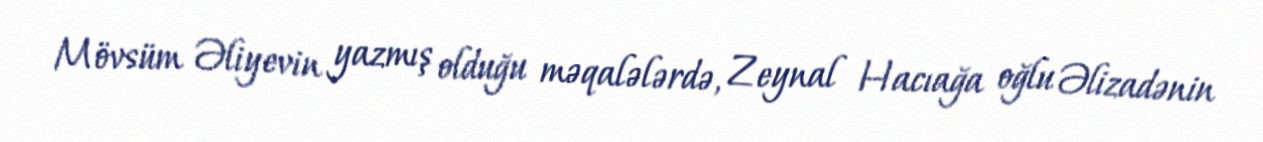
Mövsüm Əliyevin yazmış olduğu məqalələrdə, Zeynal Hacıağa oğlu Əlizadənin